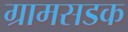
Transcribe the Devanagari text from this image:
ग्रामसडक